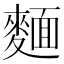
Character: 麵